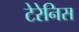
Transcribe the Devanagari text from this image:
टेरेनिस